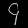
Digit: ၄